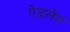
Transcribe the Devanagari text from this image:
ऐडलेन